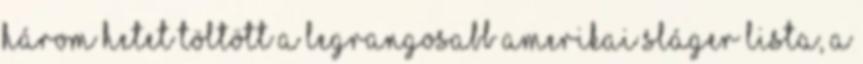
három hetet töltött a legrangosabb amerikai sláger lista, a